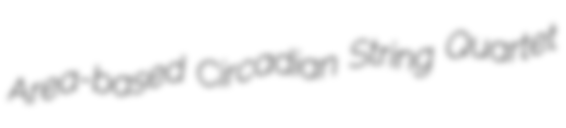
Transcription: Area-based Circadian String Quartet